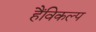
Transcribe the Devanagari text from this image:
हैंविकल्प